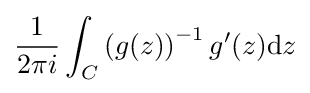
{\frac {1}{2\pi i}}\int _{C}\left(g(z)\right)^{-1}g'(z)\mathrm {d} z